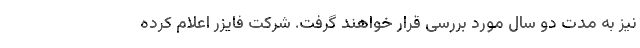
نیز به مدت دو سال مورد بررسی قرار خواهند گرفت. شرکت فایزر اعلام کرده